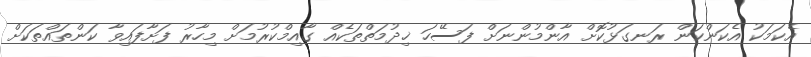
އެކަމަކު އެކަންކަން ރަނގަޅުކޮށް އާންމުންނަށްް ފަސޭހަ ޚިދުމަތްތަކެއް ގާއިމްކުރުމަށް މިހާރު ފަށާފައިވާ ކަންތައްތަކަށް